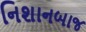
નિશાનબાજ